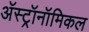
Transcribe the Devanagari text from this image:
अॅस्ट्रॉनॉमिकल